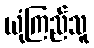
ယုံကြည်သူ